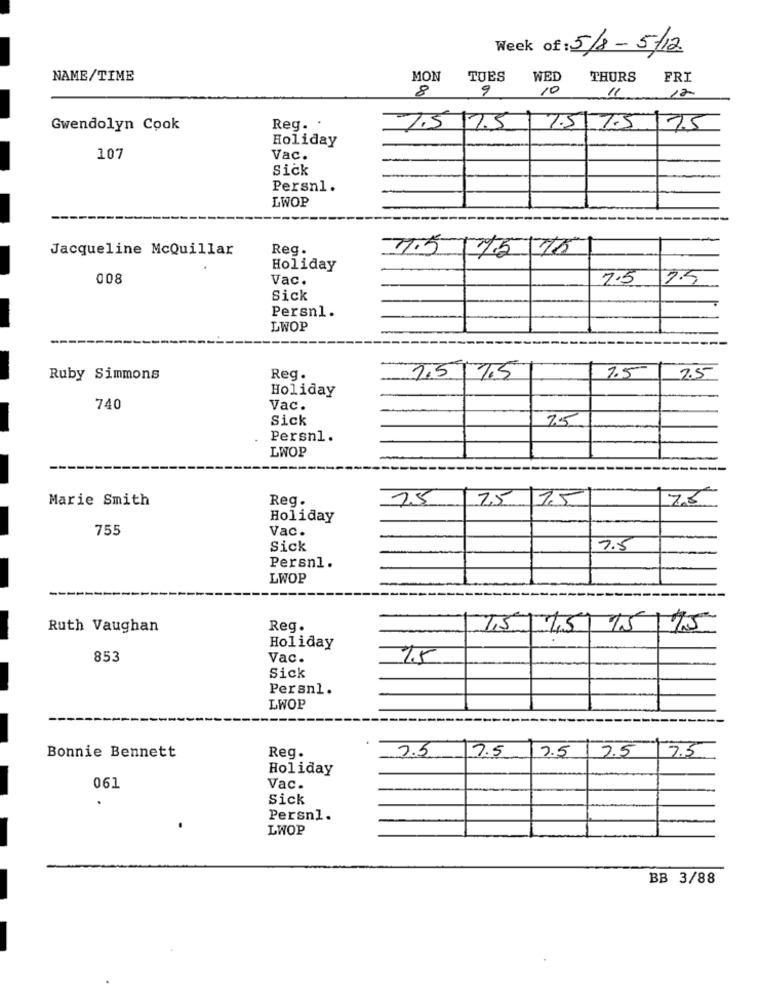
Week of: 5/8-5/12
NAME/TIME
MON
TUES
WED
THURS
FRI
8
9
10
11
12
Gwendolyn Cook
Reg. .
7.5 17.5 7.5 7.575
Holiday
107
Vac.
Sick
Persn1.
LWOP
Jacqueline McQuillar
Reg.
7.5/15 75
Holiday
008
Vac.
7.5
2.5
Sick
Persn1.
LWOP
1.5-
Ruby Simmons
Reg.
1.5 7.5
2.5
Holiday
740
Vac.
Sick
25
Persnl.
LWOP
Marie Smith
Reg.
25
25
11.5
7.8
Holiday
755
Vac.
Sick
7.5
Persnl.
LWOP
Ruth Vaughan
Reg.
7,5
175 15/75
.
Holiday
853
Vac.
7.5
Sick
Persnl.
LWOP
Bonnie Bennett
9.5
7.5
7.5
7.5
17.5
Reg.
Holiday
061
Vac.
Sick
Persn1.
LWOP
BB 3/88